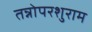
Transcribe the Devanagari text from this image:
तन्नोपरशुराम